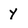
Character: y